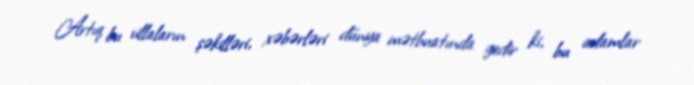
Artıq bu villaların şəkilləri, xəbərləri dünya mətbuatında gedir ki, bu adamlar